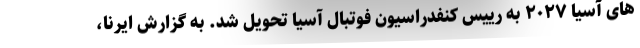
های آسیا ۲۰۲۷ به رییس کنفدراسیون فوتبال آسیا تحویل شد. به گزارش ایرنا،